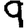
Digit: 9